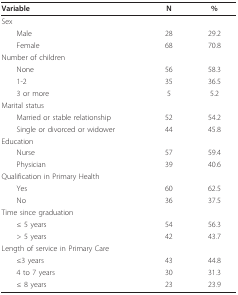
| Variable | N | % |
 | --- | --- | --- |
 | Sex |  |  |
 | Male | 28 | 29.2 |
 | Female | 68 | 70.8 |
 | Number of children |  |  |
 | None | 56 | 58.3 |
 | 1-2 | 35 | 36.5 |
 | 3 or more | 5 | 5.2 |
 | Marital status |  |  |
 | Married or stable relationship | 52 | 54.2 |
 | Single or divorced or widower | 44 | 45.8 |
 | Education |  |  |
 | Nurse | 57 | 59.4 |
 | Physician | 39 | 40.6 |
 | Qualification in Primary Health |  |  |
 | Yes | 60 | 62.5 |
 | No | 36 | 37.5 |
 | Time since graduation |  |  |
 | ≤ 5 years | 54 | 56.3 |
 | > 5 years | 42 | 43.7 |
 | <COLSPAN=3> Length of service in Primary Care |
 | ≤3 years | 43 | 44.8 |
 | 4 to 7 years | 30 | 31.3 |
 | ≤ 8 years | 23 | 23.9 |